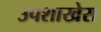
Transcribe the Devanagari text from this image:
उपशाखेस